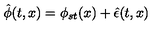
\hat { \phi } ( t , x ) = \phi _ { s t } ( x ) + \hat { \epsilon } ( t , x )